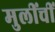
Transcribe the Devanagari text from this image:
मुलींचीं